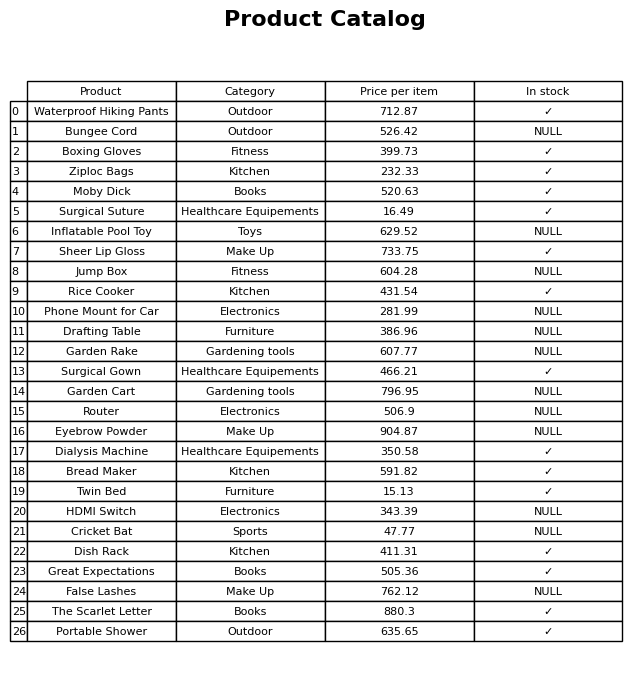
question: What is the price for The Scarlet Letter?
answer: The price of The Scarlet Letter is 880.3.